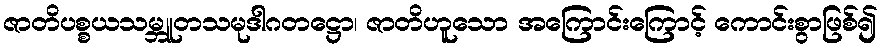
ဇာတိပစ္စယသမ္ဘူတသမုဒါဂတဋ္ဌော၊ ဇာတိဟူသော အကြောင်းကြောင့် ကောင်းစွာဖြစ်၍